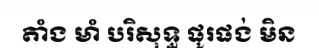
តាំង មាំ បរិសុទ្ធ ផូរផង់ មិន